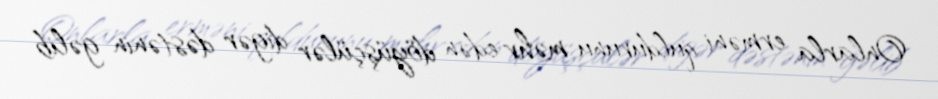
Onlarla erməni quldurunu məhv edən döyüşçülər digər dəstənin gəlib